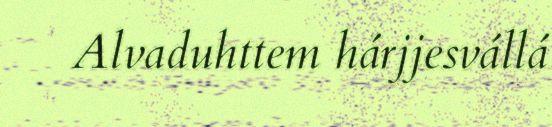
Alvaduhttem hárjjesvállá